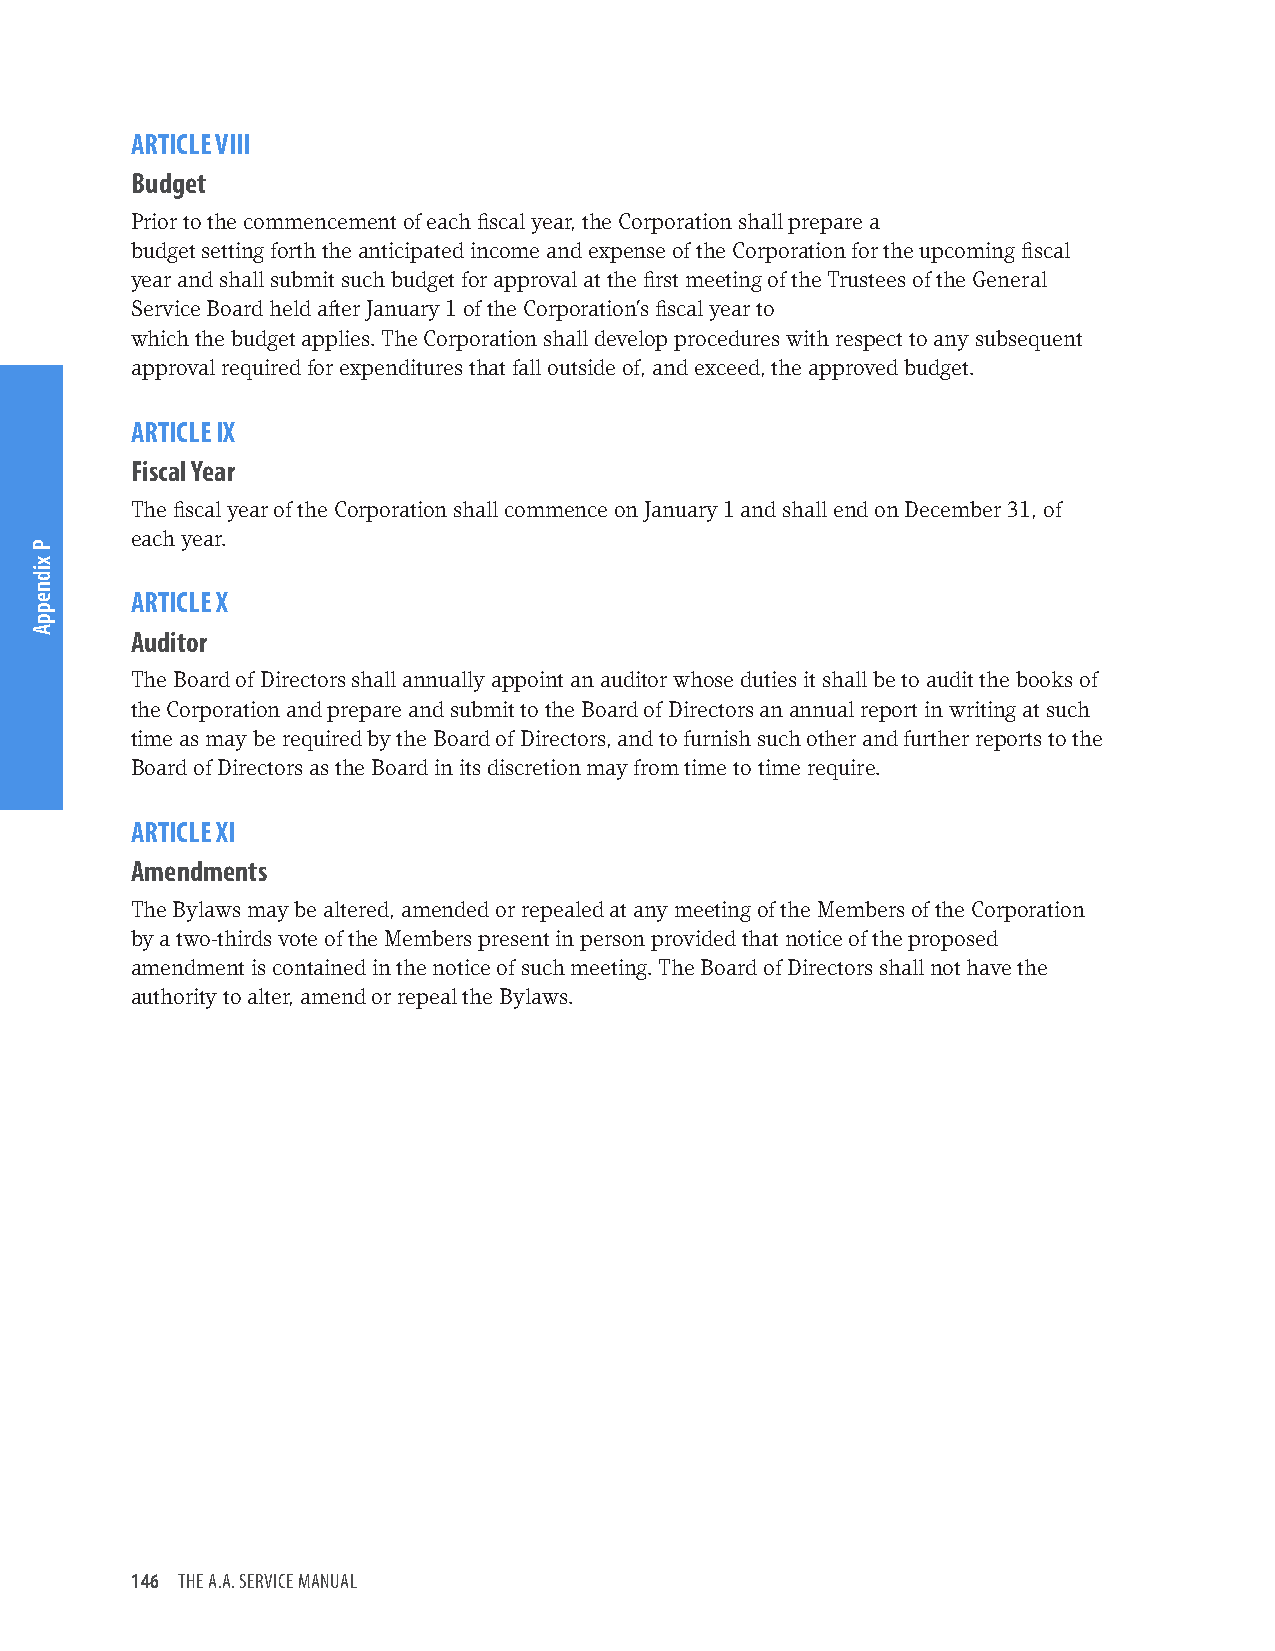
ARTICLE VIII
 Budget
 Prior to the commencement of each fiscal year, the Corporation shall prepare a
 budget setting forth the anticipated income and expense of the Corporation for the upcoming fiscal
 year and shall submit such budget for approval at the first meeting of the Trustees of the General
 Service Board held after January 1 of the Corporation’s fiscal year to
 which the budget applies. The Corporation shall develop procedures with respect to any subsequent
 approval required for expenditures that fall outside of, and exceed, the approved budget.
 ARTICLE IX
 Fiscal Year
 The fiscal year of the Corporation shall commence on January 1 and shall end on December 31, of
 each year.
 ARTICLE X
 Auditor
 The Board of Directors shall annually appoint an auditor whose duties it shall be to audit the books of
 the Corporation and prepare and submit to the Board of Directors an annual report in writing at such
 time as may be required by the Board of Directors, and to furnish such other and further reports to the
 Board of Directors as the Board in its discretion may from time to time require.
 ARTICLE XI
 Amendments
 The Bylaws may be altered, amended or repealed at any meeting of the Members of the Corporation
 by a two-thirds vote of the Members present in person provided that notice of the proposed
 amendment is contained in the notice of such meeting. The Board of Directors shall not have the
 authority to alter, amend or repeal the Bylaws.
 146 THE A.A. SERVICE MANUAL
 P
 xidneppA